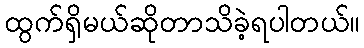
ထွက်ရှိမယ်ဆိုတာသိခဲ့ရပါတယ်။